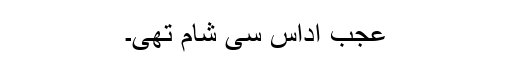
عجب اداس سی شام تھی۔